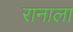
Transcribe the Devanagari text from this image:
रानाला